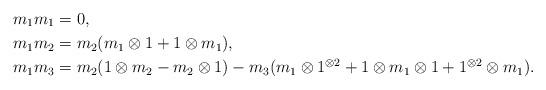
LaTeX: \begin{align*} m_1m_1 & = 0 , \\ m_1m_2 & = m_2(m_1 \otimes 1 + 1 \otimes m_1) , \\ m_1m_3 & = m_2(1 \otimes m_2 - m_2 \otimes 1) - m_3(m_1 \otimes 1^{\otimes 2} + 1 \otimes m_1 \otimes 1 + 1^{\otimes 2} \otimes m_1) .\end{align*}